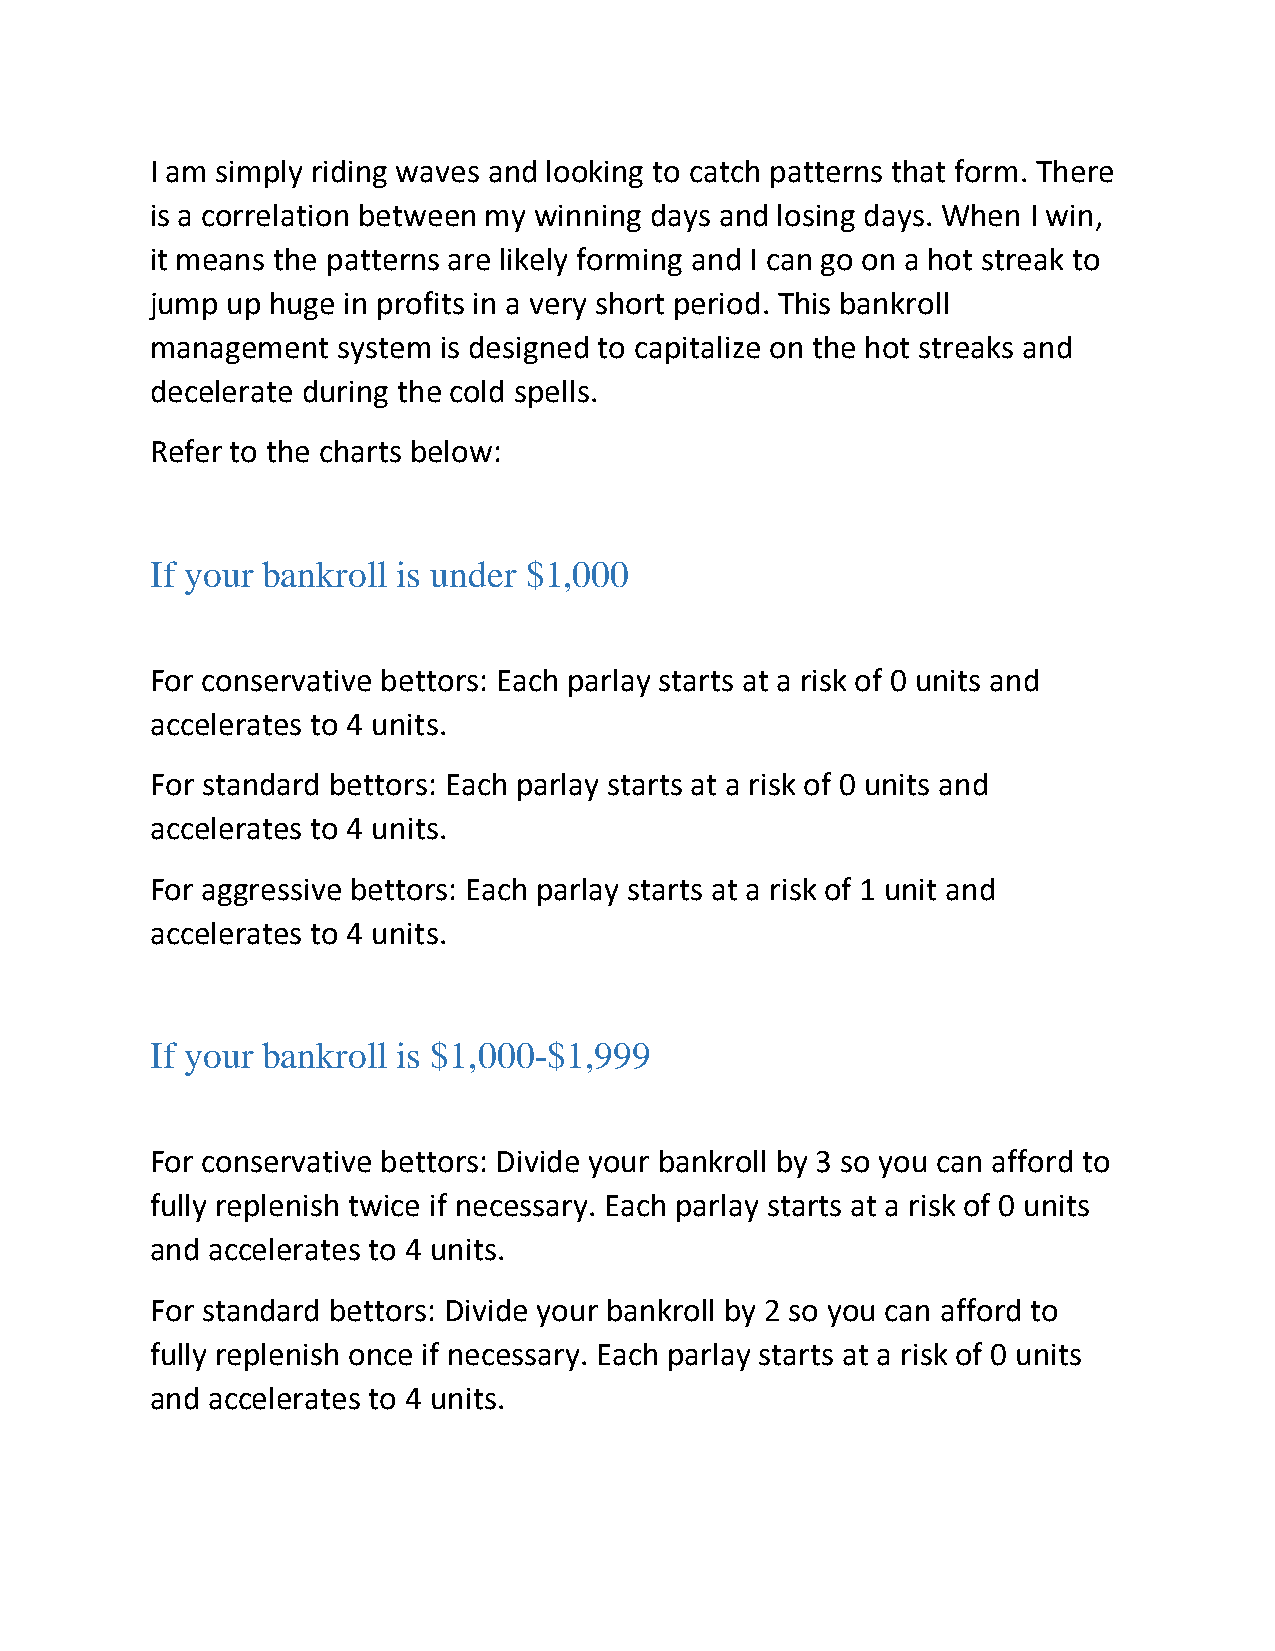
I am simply riding waves and looking to catch patterns that form. There
 is a correlation between my winning days and losing days. When I win,
 it means the patterns are likely forming and I can go on a hot streak to
 jump up huge in profits in a very short period. This bankroll
 management  system is designed to capitalize on the hot streaks and
 decelerate during the cold spells.
 Refer to the charts below:
 If your bankroll is under $1,000
 For conservative bettors: Each parlay starts at a risk of 0 units and
 accelerates to 4 units.
 For standard bettors: Each parlay starts at a risk of 0 units and
 accelerates to 4 units.
 For aggressive bettors: Each parlay starts at a risk of 1 unit and
 accelerates to 4 units.
 If your bankroll is $1,000-$1,999
 For conservative bettors: Divide your bankroll by 3 so you can afford to
 fully replenish twice if necessary. Each parlay starts at a risk of 0 units
 and accelerates to 4 units.
 For standard bettors: Divide your bankroll by 2 so you can afford to
 fully replenish once if necessary. Each parlay starts at a risk of 0 units
 and accelerates to 4 units.